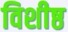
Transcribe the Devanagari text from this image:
विशीष्ठ